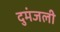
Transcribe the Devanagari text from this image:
दुमंजली